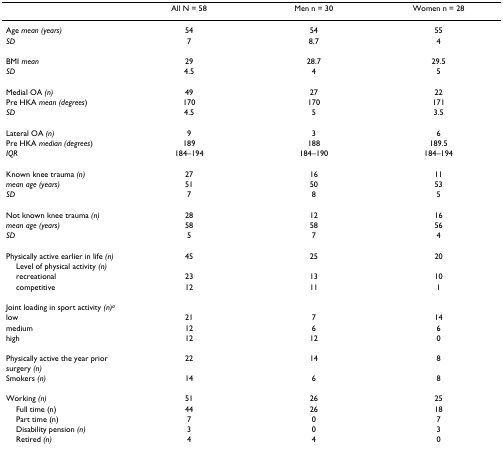
|  | All N = 58 | Men n = 30 | Women n = 28 |
 | --- | --- | --- | --- |
 | Age mean (years) | 54 | 54 | 55 |
 | SD | 7 | 8.7 | 4 |
 | BMI mean | 29 | 28.7 | 29.5 |
 | SD | 4.5 | 4 | 5 |
 | Medial OA (n) | 49 | 27 | 22 |
 | Pre HKA mean (degrees) | 170 | 170 | 171 |
 | SD | 4.5 | 5 | 3.5 |
 | Lateral OA (n) | 9 | 3 | 6 |
 | Pre HKA median (degrees) | 189 | 188 | 189.5 |
 | IQR | 184–194 | 184–190 | 184–194 |
 | Known knee trauma (n) | 27 | 16 | 11 |
 | mean age (years) | 51 | 50 | 53 |
 | SD | 7 | 8 | 5 |
 | Not known knee trauma (n) | 28 | 12 | 16 |
 | mean age (years) | 58 | 58 | 56 |
 | SD | 5 | 7 | 4 |
 | Physically active earlier in life (n) | 45 | 25 | 20 |
 | Level of physical activity (n) |  |  |  |
 | recreational | 23 | 13 | 10 |
 | competitive | 12 | 11 | 1 |
 | Joint loading in sport activity (n)a |  |  |  |
 | low | 21 | 7 | 14 |
 | medium | 12 | 6 | 6 |
 | high | 12 | 12 | 0 |
 | Physically active the year prior surgery (n) | 22 | 14 | 8 |
 | Smokers (n) | 14 | 6 | 8 |
 | Working (n) | 51 | 26 | 25 |
 | Full time (n) | 44 | 26 | 18 |
 | Part time (n) | 7 | 0 | 7 |
 | Disability pension (n) | 3 | 0 | 3 |
 | Retired (n) | 4 | 4 | 0 |